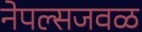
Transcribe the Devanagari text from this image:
नेपल्सजवळ